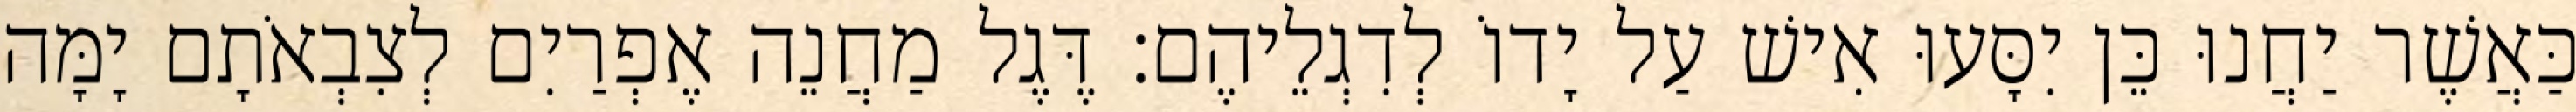
כַּאֲשֶׁר יַחֲנוּ כֵּן יִסָּעוּ אִישׁ עַל יָדוֹ לְדִגְלֵיהֶם׃ דֶּגֶל מַחֲנֵה אֶפְרַיִם לְצִבְאֹתָם יָמָּה